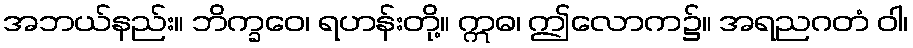
အဘယ်နည်း။ ဘိက္ခဝေ၊ ရဟန်းတို့။ ဣဓ၊ ဤလောက၌။ အရညဂတံ ဝါ၊